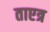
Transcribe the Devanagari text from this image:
ताएत्र